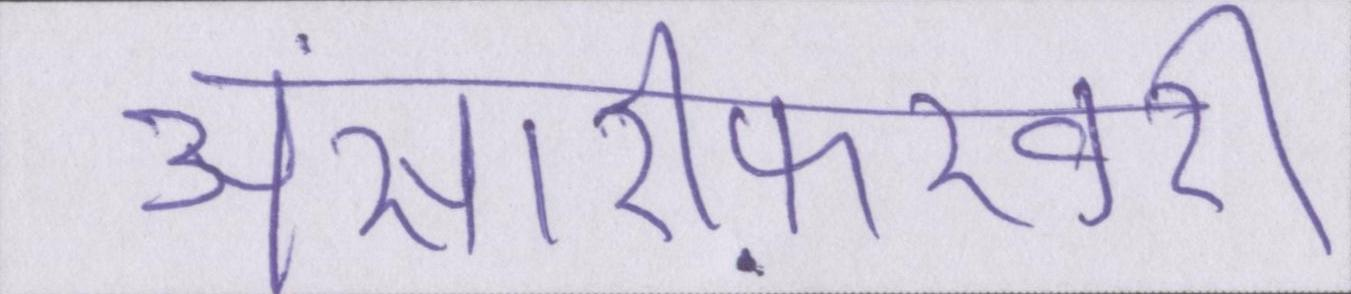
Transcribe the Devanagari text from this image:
अंसारीफ़रवरी